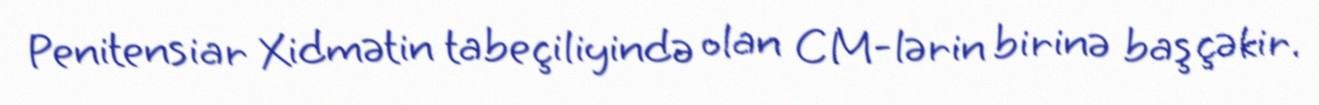
Penitensiar Xidmətin tabeçiliyində olan CM-lərin birinə baş çəkir.